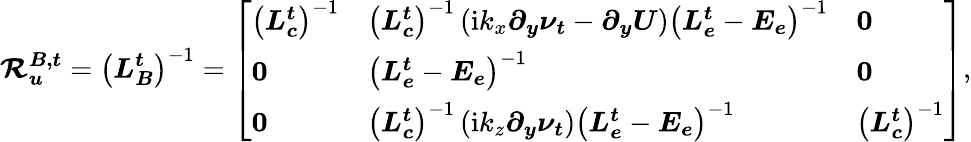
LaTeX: \boldsymbol{\mathcal{R}_{u}^{B,t}}=\left(\boldsymbol{L_{B}^{t}}\right)^{-1}=\left[\begin{array}{lll}{\left(\boldsymbol{L_{c}^{t}}\right)^{-1}}&{\left(\boldsymbol{L_{c}^{t}}\right)^{-1}\left(\mathrm{i}k_{x}\boldsymbol{\partial_{y}\nu_{t}}-\boldsymbol{\partial_{y}}\boldsymbol{U}\right)\left(\boldsymbol{L_{e}^{t}}-\boldsymbol{E_{e}}\right)^{-1}}&{\boldsymbol{0}}\\ {\boldsymbol{0}}&{\left(\boldsymbol{L_{e}^{t}}-\boldsymbol{E_{e}}\right)^{-1}}&{\boldsymbol{0}}\\ {\boldsymbol{0}}&{\left(\boldsymbol{L_{c}^{t}}\right)^{-1}\left(\mathrm{i}k_{z}\boldsymbol{\partial_{y}\nu_{t}}\right)\left(\boldsymbol{L_{e}^{t}}-\boldsymbol{E_{e}}\right)^{-1}}&{\left(\boldsymbol{L_{c}^{t}}\right)^{-1}}\end{array}\right],